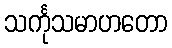
သင်္ကုသမာဟတော